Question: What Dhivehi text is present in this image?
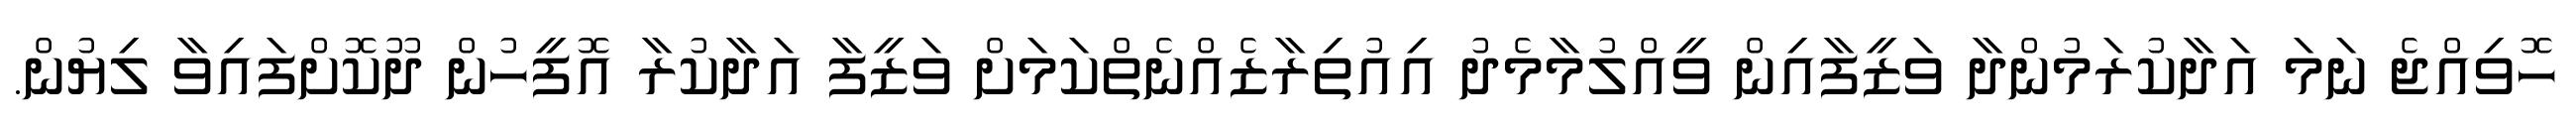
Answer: ހޮވިއްޖެ ނަމަ އަދާކުރަމުންދާ ވަޒީފާއިން ވީއްލުމާމެދު އިއުތިރާޒެއްނެތްކަމަށް ވަޒީފާ އަދާކުރާ އޮފީހުން ދޫކޮށްފައިވާ ލިޔުން.